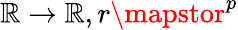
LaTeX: \mathbb{R}\to\mathbb{R},r\mapstor^{p}